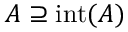
A \supseteq \operatorname { i n t } ( A )